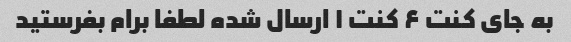
به جای کنت ۶ کنت ۱ ارسال شده لطفا برام بفرستید